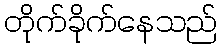
တိုက်ခိုက်နေသည်